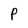
Character: p